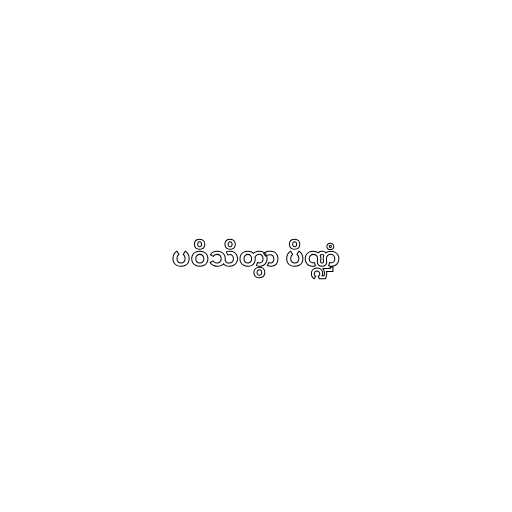
ပဝိသိတွာ ပိဏ္ဍံ